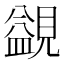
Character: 䚊